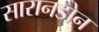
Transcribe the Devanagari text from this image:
सारानडोन